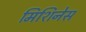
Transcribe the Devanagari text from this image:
मिशिनेस